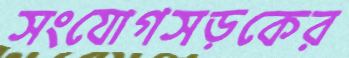
সংযোগসড়কের